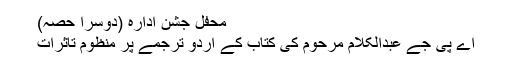
محفلِ جشنِ ادارہ (دوسرا حصہ)
اے پی جے عبدالکلام مرحوم کی کتاب کے اردو ترجمے پر منظوم تاثرات